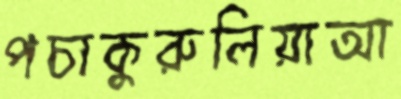
পচাকুরুলিয়াআ